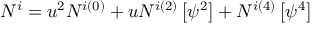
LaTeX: N ^ { i } = u ^ { 2 } N ^ { i ( 0 ) } + u N ^ { i ( 2 ) } \left[ \psi ^ { 2 } \right] + N ^ { i ( 4 ) } \left[ \psi ^ { 4 } \right]